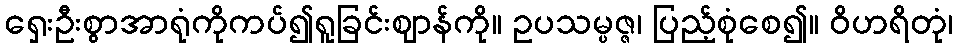
ရှေးဦးစွာအာရုံကိုကပ်၍ရူခြင်းဈာန်ကို။ ဥပသမ္ပဇ္ဇ၊ ပြည့်စုံစေ၍။ ဝိဟရိတုံ၊